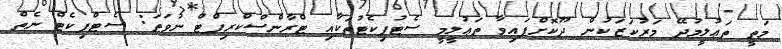
މަތީ ތަޢުލީމުދޭ މަރުކަޒަކުން ދޫކޮށްފައިވާ ތަޢުލީމީ ސެޓުފިކެޓުތަކާއި ޓްރާންސްކްރިޕްޓް ނުވަތަ: ސެޓްފިކެޓް ނެތް